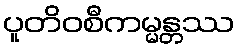
ပူတိဝစီကမ္မန္တဿ